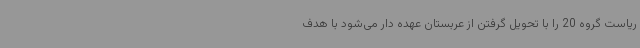
ریاست گروه 20 را با تحویل گرفتن از عربستان عهده دار می‌شود با هدف